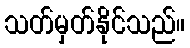
သတ်မှတ်နိုင်သည်။